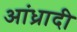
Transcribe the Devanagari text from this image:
आंध्रादी